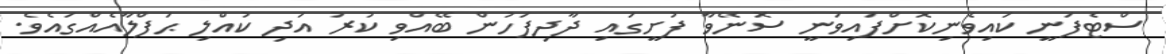
ސްޓެފަނީ ކައިވެނިކޮށްފައިވަނީ ސޮނޭވާ ފުށީގައި ދާދިފަހުން ބޭއްވި ކުރު އަދި ކުއްލި ޙަފްލާއެއްގައެވެ.